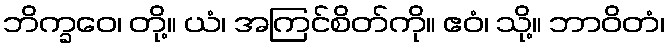
ဘိက္ခဝေ၊ တို့။ ယံ၊ အကြင်စိတ်ကို။ ဧဝံ၊ သို့။ ဘာဝိတံ၊